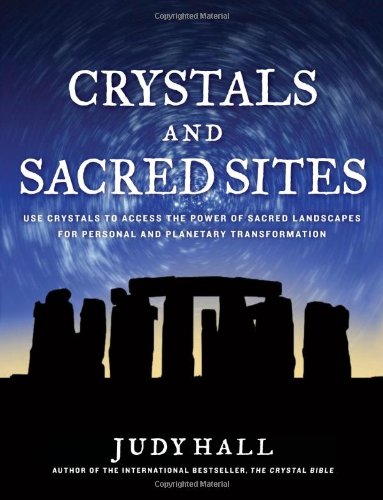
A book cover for Crystals and Sacred Sites: Use Crystals to Access the Power of Sacred Landscapes for Personal and Planetary Transformation; Judy Hall; Travel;